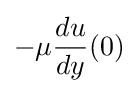
-\mu {\frac {du}{dy}}(0)